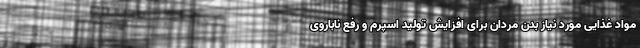
مواد غذایی مورد نیاز بدن مردان برای افزایش تولید اسپرم و رفع ناباروی